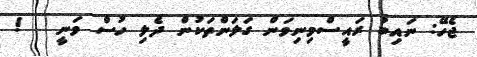
ޖެހޭ: ނައިބު ރައީސްމިނިވަން ގަލަންތަކުން ދެލި ހުސް ވަނީ   !